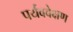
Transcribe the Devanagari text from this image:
पर्यववेक्षण